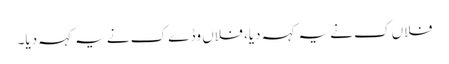
فلاں ک نے یہ کہہ دیا، فلاں وڈے ک نے یہ کہہ دیا۔